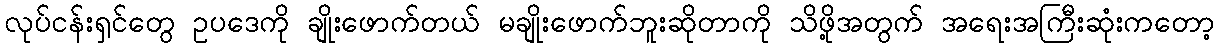
လုပ်ငန်းရှင်တွေ ဥပဒေကို ချိုးဖောက်တယ် မချိုးဖောက်ဘူးဆိုတာကို သိဖို့အတွက် အရေးအကြီးဆုံးကတော့